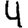
Digit: 4